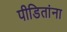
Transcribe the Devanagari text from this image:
पीडितांना